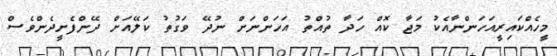
މީހެއްކައިރީއަހަންނާއެކު މަޖާ ކޮއް ހަދާ ތުއްތު އަހަންނަށް ނުދޭ ވަގުތު ކަލޭއަށް ދޭންފެށީދެންވެސް